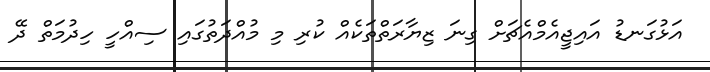
އަޅުގަނޑު އައިޖީއެމްއެޗަށް ގިނަ ޒިޔާރަތްތަކެއް ކުރި މި މުއްދަތުގައި ސިއްހީ ހިދުމަތް ދޭ